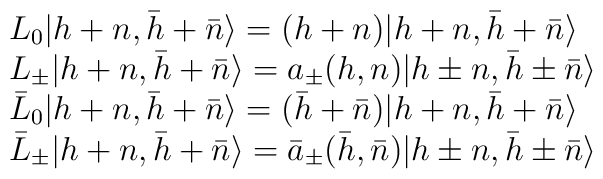
\begin {array}{lcr}{L _0}{\vert {{h+n},{\bar{h}+\bar{n}}}\rangle}=(h+n){\vert {{h+n},{\bar{h}+\bar{n}}}\rangle}\\{L_{\pm}}{\vert {{h+n},{\bar{h}+\bar{n}}}\rangle}=a_{\pm}(h,n){\vert {{h\pm n},{\bar{h}\pm \bar{n}}}\rangle}\\{{\bar{L}} _0}{\vert {{h+n},{\bar{h}+\bar{n}}}\rangle}=({\bar{h}}+{\bar{n}}){\vert {{h+n},{\bar{h}+\bar{n}}}\rangle}\\{{\bar{L}}_{\pm}}{\vert {{h+n},{\bar{h}+\bar{n}}}\rangle}={{\bar{a}}_{\pm}}(\bar{h},\bar{n}){\vert {h\pm n},{\bar{h}\pm \bar{n}}\rangle}\end {array}